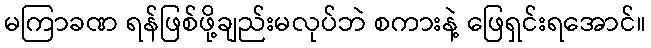
မကြာခဏ ရန်ဖြစ်ဖို့ချည်းမလုပ်ဘဲ စကားနဲ့ ဖြေရှင်းရအောင်။